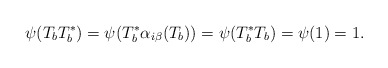
\begin{align*}\psi(T_bT_b^*)=\psi(T_b^*\alpha_{i\beta}(T_b))=\psi(T_b^*T_b)=\psi(1)=1.\end{align*}